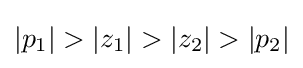
|p_{1}|>|z_{1}|>|z_{2}|>|p_{2}|